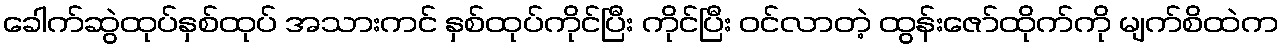
ခေါက်ဆွဲထုပ်နှစ်ထုပ် အသားကင် နှစ်ထုပ်ကိုင်ပြီး ကိုင်ပြီး ဝင်လာတဲ့ ထွန်းဇော်ထိုက်ကို မျက်စိထဲက